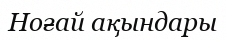
Ноғай ақындары